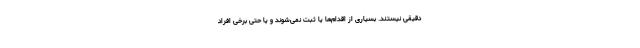
دقیقی نیستند. بسیاری از اقدام‌ها یا ثبت نمی‌شوند و یا حتی برخی افراد